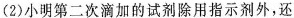
(2)小明第二次滴加的试剂除用指示剂外，还